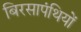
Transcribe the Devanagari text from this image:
बिरसापंथियों